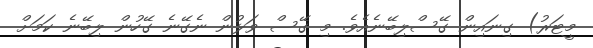
މީޓަރު) ގިނައިން ގޭސްލިބޭނެއެވެ. މި ގޭސް ވަޅުން ނެގޭނެ ގޭހުން ލިބޭނެ ކަމަށް